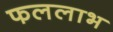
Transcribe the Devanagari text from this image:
फललाभ